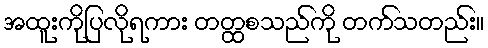
အထူးကိုပြလိုရကား တတ္ထစသည်ကို တက်သတည်း။